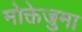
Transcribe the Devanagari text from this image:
मोक्तेजुमा